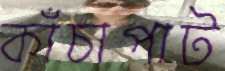
কাঁচাপাট